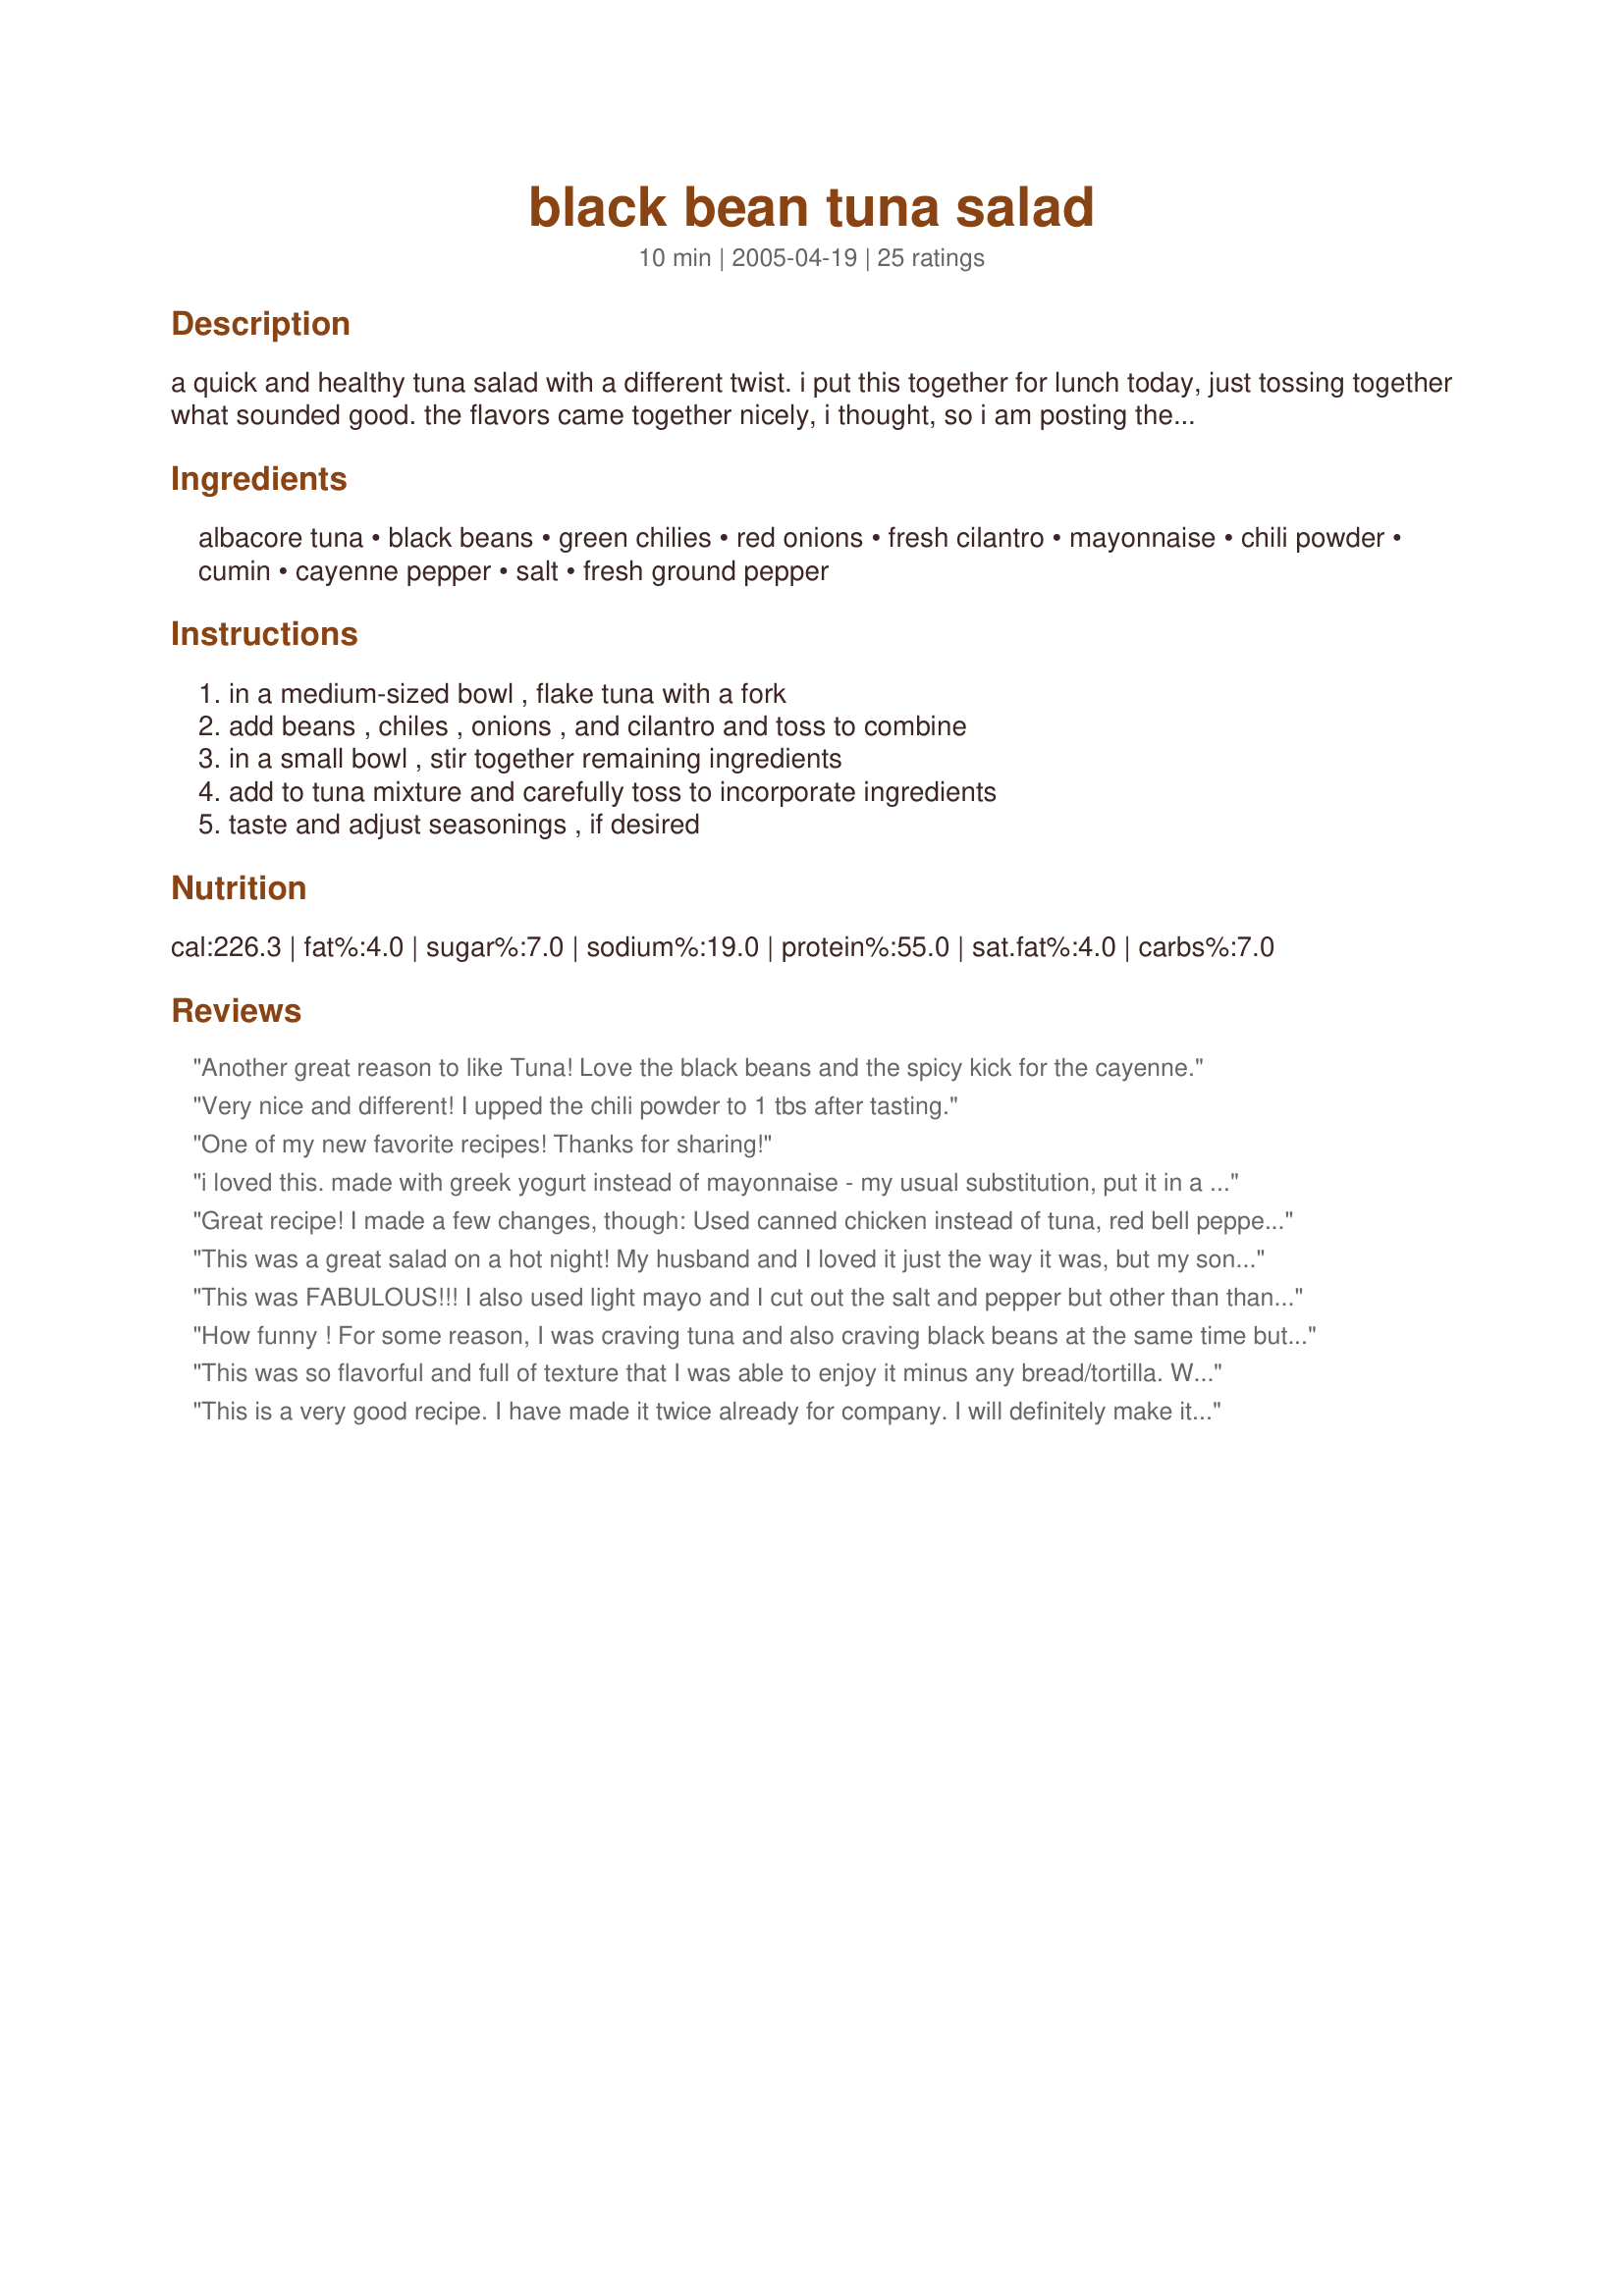
black bean tuna salad
Preparation time: 10 minutes

a quick and healthy tuna salad with a different twist. i put this together for lunch today, just tossing together what sounded good. the flavors came together nicely, i thought, so i am posting the recipe. it was great served in a whole-wheat tortilla.

Ingredients:
albacore tuna, black beans, green chilies, red onions, fresh cilantro, mayonnaise, chili powder, cumin, cayenne pepper, salt, fresh ground pepper

Steps:
in a medium-sized bowl , flake tuna with a fork, add beans , chiles , onions , and cilantro and toss to combine, in a small bowl , stir together remaining ingredients, add to tuna mixture and carefully toss to incorporate ingredients, taste and adjust seasonings , if desired

Reviews:
Another great reason to like Tuna! Love the black beans and the spicy kick for the cayenne.
Very nice and different! I upped the chili powder to 1 tbs after tasting.
One of my new favorite recipes! Thanks for sharing!
i loved this. made with greek yogurt instead of mayonnaise - my usual substitution, put it in a wrap...phenomenal lunch :-) i'll be making this again. thanks for posting
Great recipe! I made a few changes, though: Used canned chicken instead of tuna, red bell peppers, white onion & parsley just because I had them on hand. I served it with whole wheat pitas but it was fantastic on it's own and even better the day after. My hubby said it would be great on corn tortillas too. Thanks for posting!
This was a great salad on a hot
night! My husband and I loved
it just the way it was, but my
son added hot sauce to spice it
up more. Thanks for a keeper GaylaJ!
I'll be making this again!
This was FABULOUS!!! I also used light mayo and I cut out the salt and pepper but other than than, I kept everything the same. The flavors blend perfectly and create a great taste.
How funny ! For some reason, I was craving tuna and also craving black beans at the same time but had no idea how to put them together. This recipe totally worked for me !! I loved the flavor and it was super easy to make. Thanks !!
This was so flavorful and full of texture that I was able to enjoy it minus any bread/tortilla. When I tasted it after I salted I was surprised how much it enhanced the flavors. Thanks Gayla, for devising a recipe that I will make often.

Roxygirl
This is a very good recipe. I have made it twice already for company. I will definitely make it again as I had received several compliments on it. Thanks!
Very intesting flavours in this salad. I cut back on the cumin to 1/8 tsp for personal preference and I only had 1 can of tuna. Very fast to put together. Will definitely make this again. Thanks for the recipe.
Yummy! I was trying to use up some things in my fridge so made a few small changes: green onion instead of red, parsley not cilantro (don't have the "cilantro gene" anyway) and added half a jar of pimentos. I also cut the amount of green chilies in half and cut the cayenne way down (about 1/16 tsp). Otherwise, followed the recipe and it was awesome! Will definitely make again. Thanks for posting!
Yum! I love it when I can put together a meal without heating up the kitchen! I didn't have the chilies and totally forgot to add the cilantro, and I used fat-free Miracle Whip. It was quite good, and very filling. I put it in a whole-wheat wrap with shredded lettuce and a fit of shredded cheddar. Great concoction!
This was pretty good. I served it in the tortillas and it was a light and easy dinner. For the most part, I would say that this was awesome except that it was a little dry. I don't know what I would do to remedy that problem though. Maybe a little more mayo? Maybe put a little salsa on top? Any suggestions would be great! Thanks for the great recipe GaylaJ
Because we don't use mayonnaise, I used ranch style salad dressing and eliminated the salt.<br/>It's also very good using creamy Italian or 3 cheese salad dressing. It's easy to make and delicious served in flour tortillas or used as a sandwich on toasted whole-wheat bread. I'd give it 10 stars if I could.
Loved it! Was very surprised how many levels of flavour there were. Easy recipe to modify . Tried it with a bit of salsa in it and that was good too. Perfect for a picnic when you are trying to be healthy! A keeper
Hey! This was SO good!!! Made it EXACTLY as is except we ran out of cayenne unbeknownst to us. Anyway, ate this over romaine and it was super satisfying, filling and really, really good. DH loved it, I loved it, and we'll love it again when we make it again really soon. Thanks.
This was good. I used it as a side to a grilled cheese sandwich.
This is one of my favorite things to make for lunch. I make it exactly as directed and find that lite Miracle Whip tastes a little better than regular mayo. Thanks for the recipe!
This was good.
Great clean flavor and somewhat healthy too. Taste even better if you let it sit in the fridge overnight.
Fast, easy, delicious! I added a squirt of fresh lemon. My husband could not stop complimenting!!!
Loved the seasoning -- especially the cumin. I increased the light mayonnaise to 1/2 cup and added some shredded carrots for more color. One of the best tuna salad recipes I&#039;ve ever made.
WHAT A GREAT SALAD! It tasted amazing and the best part, it stretched the tuna without sacrificing the flavor. I almost followed the recipe, my changes: I added about 1/3 C plain yogurt (a couple reviewers stated it was dry), diced up 2 banana peppers (instead of green chilies, my garden is going nuts and have tons peppers), and squirted some fresh lime juice (I love a little citrus with tuna). Thanks GaylaJ for a keeper! (And I don't give out these praises without warrant!)
This is so good and easy! I wrapped the salad in homemade tortillas with cheese and lettuce. This is a great dish to serve in the summer. Thank you.
